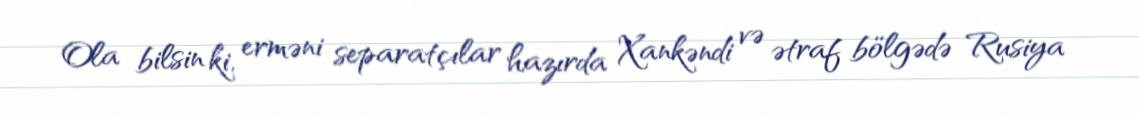
Ola bilsin ki, erməni separatçılar hazırda Xankəndi və ətraf bölgədə Rusiya